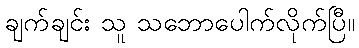
ချက်ချင်း သူ သဘောပေါက်လိုက်ပြီ။